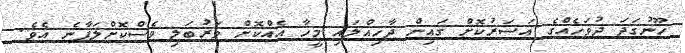
ހޫނުގަދަ ދުވަހެއްގެ އަސަރުކޮށް ގައިން ދާހިއްލައި މީހާ އެއްކޮށް ވަރުބަލި ވެސްކޮށްލަފާނެ އެވެ.